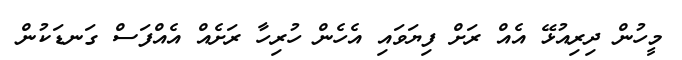
މީހުން ދިރިއުޅޭ އެއް ރަށް ފިޔަވައި އެހެން ހުރިހާ ރަށެއް އެއްފަސް ގަނޑަކުން